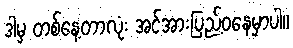
ဒါမှ တစ်နေ့တာလုံး အင်အားပြည့်ဝနေမှာပါ။